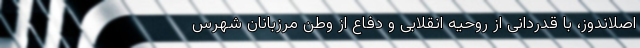
اصلاندوز، با قدردانی از روحیه انقلابی و دفاع از وطن مرزبانان شهرس